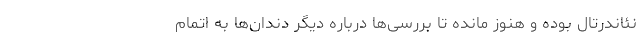
نئاندرتال بوده و هنوز مانده تا بررسی‌ها درباره دیگر دندان‌ها به اتمام